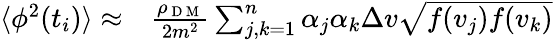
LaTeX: \begin{array}{rl}{\langle\phi^{2}(t_{i})\rangle\approx}&{{}\frac{\rho_{\mathrm{~D~M~}}}{2m^{2}}\sum_{j,k=1}^{n}\alpha_{j}\alpha_{k}\Delta v\sqrt{f(v_{j})f(v_{k})}}\end{array}